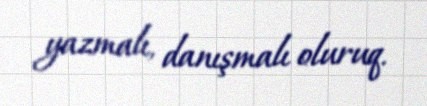
yazmalı, danışmalı oluruq.